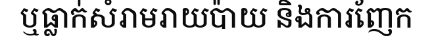
ឬធ្លាក់សំរាមរាយប៉ាយ និងការញែក